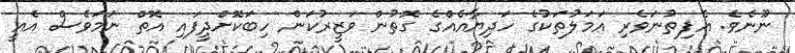
ނޫނެވެ. އެފިތުނަވެރި އަމަލުތަކުގެ ހަދިޔާއެއްގެ ގޮތުން ވަޒީރުކަން ހިބަކޮށްދީފައި އޮތް ނަމަވެސް އެއީ